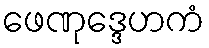
ဖေဏုဒ္ဒေဟကံ